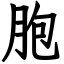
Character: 胞